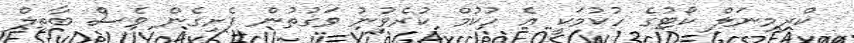
ކްރިމިނަލް ކޯޓުގެ ހުކުމަކީ އެ ހުކުމް ކުރެވުނު ވަގުތުން ފެށިގެން ވެސް ބާތިލް